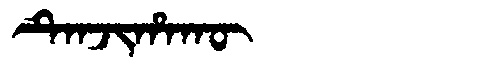
Manchu: ᡨᡝᠨᠵᡳᡥᠠᡴᡡ
Romanization: TENJIHAKŪ